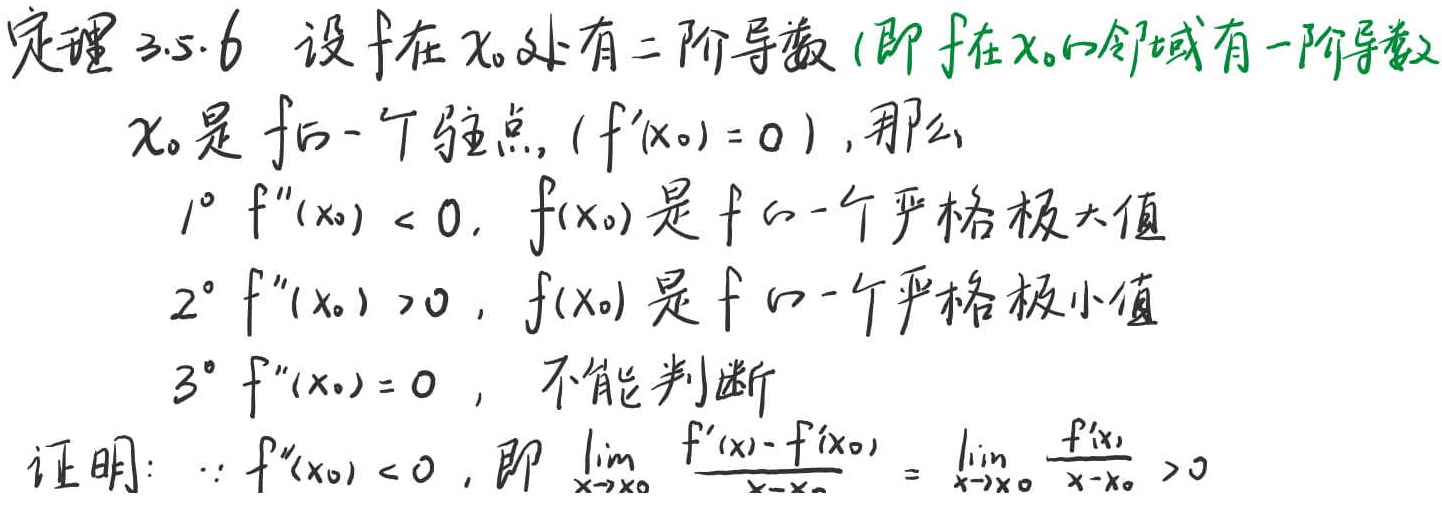
定理 3.5.6 设 $f$ 在 $x_0$ 处有二阶导数（即 $f$ 在 $x_0$ 的邻域有一阶导数且 $x_0$ 是 $f$ 的一个驻点, $(f'(x_0)=0)$), 那么
1° $f''(x_0)<0$, $f(x_0)$ 是 $f$ 的一个严格极大值
2° $f''(x_0)>0$, $f(x_0)$ 是 $f$ 的一个严格极小值
3° $f''(x_0)=0$, 不能判断

证明: $\because f''(x_0)<0$, 即 $\lim_{x \to x_0} \frac{f'(x)-f'(x_0)}{x - x_0}=\lim_{x \to x_0} \frac{f'(x)}{x - x_0}>0$